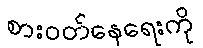
စားဝတ်နေရေးကို